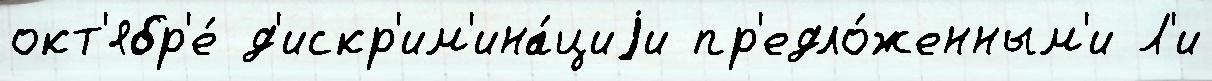
окт'ябр'е́ д'искр'им'ина́циjи пр'едло́женным'и Л'и